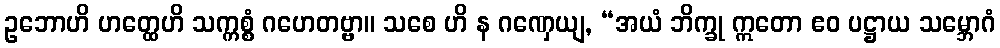
ဥဘောဟိ ဟတ္ထေဟိ သက္ကစ္စံ ဂဟေတဗ္ဗာ။ သစေ ဟိ န ဂဏှေယျ, “အယံ ဘိက္ခု ဣတော ဧဝ ပဋ္ဌာယ သမ္ဘောဂံ